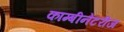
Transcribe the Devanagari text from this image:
काम्बीनेटरीज